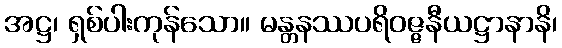
အဋ္ဌ၊ ရှစ်ပါးကုန်သော။ မန္တနဿပရိဝဇ္ဇနီယဋ္ဌာနာနိ၊